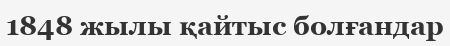
1848 жылы қайтыс болғандар